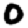
Digit: 0